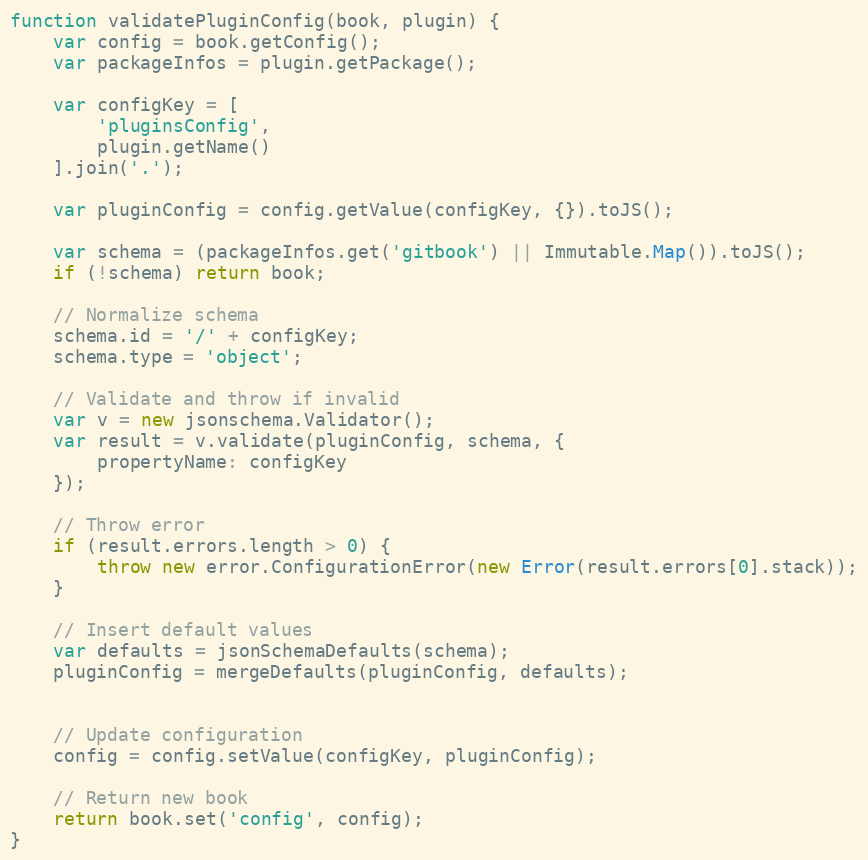
Language: JavaScript
function validatePluginConfig(book, plugin) {
    var config = book.getConfig();
    var packageInfos = plugin.getPackage();

    var configKey = [
        'pluginsConfig',
        plugin.getName()
    ].join('.');

    var pluginConfig = config.getValue(configKey, {}).toJS();

    var schema = (packageInfos.get('gitbook') || Immutable.Map()).toJS();
    if (!schema) return book;

    // Normalize schema
    schema.id = '/' + configKey;
    schema.type = 'object';

    // Validate and throw if invalid
    var v = new jsonschema.Validator();
    var result = v.validate(pluginConfig, schema, {
        propertyName: configKey
    });

    // Throw error
    if (result.errors.length > 0) {
        throw new error.ConfigurationError(new Error(result.errors[0].stack));
    }

    // Insert default values
    var defaults = jsonSchemaDefaults(schema);
    pluginConfig = mergeDefaults(pluginConfig, defaults);

    // Update configuration
    config = config.setValue(configKey, pluginConfig);

    // Return new book
    return book.set('config', config);
}